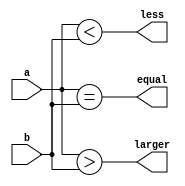
module Comparator(a,b,larger,equal,less);
parameter size=4;
input [size-1:0]a,b;
output larger,equal,less;
wire larger,equal,less;
	assign larger=(a>b);
	assign equal=(a==b);
	assign less=(a<b);
endmodule